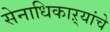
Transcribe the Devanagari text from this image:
सेनाधिकाऱ्यांचे